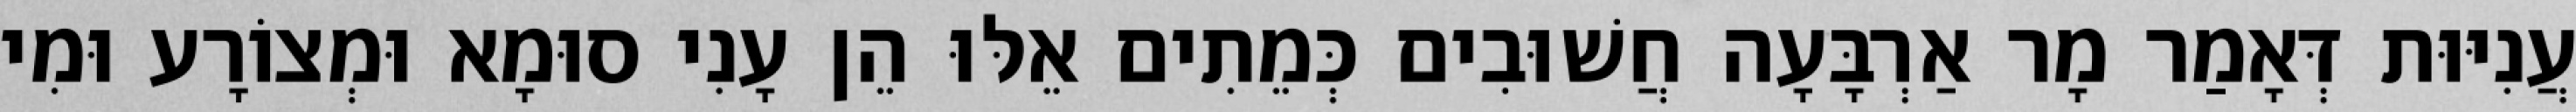
עֲנִיּוּת דְּאָמַר מָר אַרְבָּעָה חֲשׁוּבִים כְּמֵתִים אֵלּוּ הֵן עָנִי סוּמָא וּמְצוֹרָע וּמִי